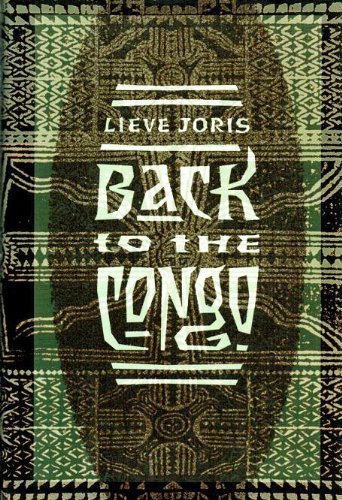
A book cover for Back to the Congo; Lieve Joris; Travel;